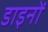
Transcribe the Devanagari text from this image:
डाइनों